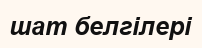
шат белгілері